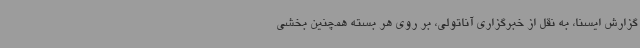
گزارش ایسنا، به نقل از خبرگزاری آناتولی، بر روی هر بسته همچنین بخشی